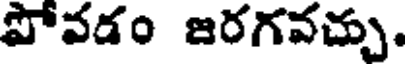
పోవడం జరగవచ్చు.